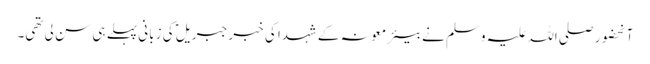
آنحضور صلی اللہ علیہ وسلم نے بیئر معونہ کے شہدا کی خبر جبریلؑ کی زبانی پہلے ہی سن لی تھی۔